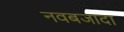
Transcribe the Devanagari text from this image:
नवबजादा